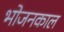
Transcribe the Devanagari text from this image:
भोजनकाल